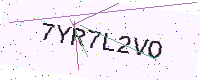
Text: 7YR7L2VO